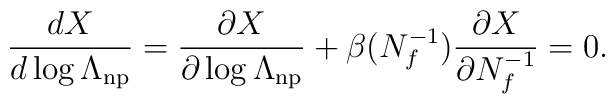
\frac{dX}{d\log\Lambda_{\rm np}}=\frac{\partial X}{\partial\log\Lambda_{\rm np}}+\beta(N_f^{-1})\frac{\partial X}{\partial N_f^{-1}}=0.